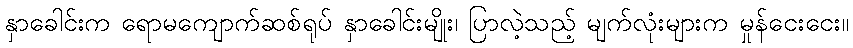
နှာခေါင်းက ရောမကျောက်ဆစ်ရုပ် နှာခေါင်းမျိုး၊ ပြာလဲ့သည့် မျက်လုံးများက မှုန်ငေးငေး။